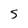
Character: 5